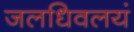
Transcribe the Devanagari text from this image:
जलधिवलयं